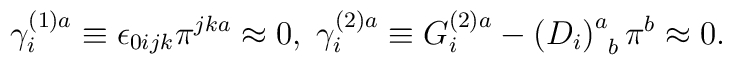
\gamma _i^{(1)a}\equiv \epsilon _{0ijk}\pi ^{jka}\approx0,\;\gamma _i^{(2)a}\equiv G_i^{(2)a}-\left( D_i\right) _{\;\;b}^a\pi^b\approx 0.